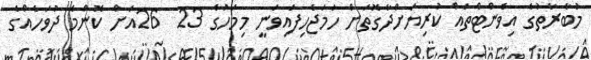
މުބާރާތުގެ އިވެންޓްތައް ކުރިޔަށްދާގޮތަށް ހަމަޖެހިފައިވަނީ މިމަހުގެ 23  26އަށް ކޮންމެ ދުވަހެއްގެ